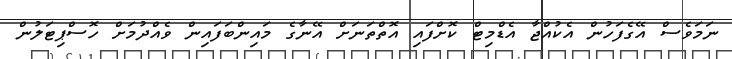
ނަމަވެސް އޭގެފަހުން އެކުއްޖާ އެޑްމިޓް ކޮށްފައި އޮތްތަނަށް އޭނާގެ މައިންބަފައިން ވެއްދުމަށް ހޮސްޕިޓަލުން